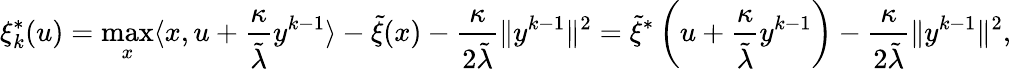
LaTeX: \xi_{k}^{*}(u)=\operatorname*{max}_{x}\langle x,u+\frac{\kappa}{{\tilde{\lambda}}}y^{k-1}\rangle-{\tilde{\xi}}(x)-\frac{\kappa}{2{\tilde{\lambda}}}\| y^{k-1}\| ^{2}={\tilde{\xi}}^{*}\left(u+\frac{\kappa}{{\tilde{\lambda}}}y^{k-1}\right)-\frac{\kappa}{2{\tilde{\lambda}}}\| y^{k-1}\| ^{2},